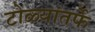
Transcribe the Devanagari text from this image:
टोळ्यांतर्फे